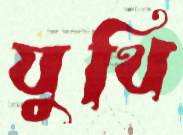
যুথি